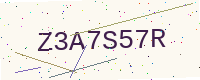
Text: Z3A7S57R